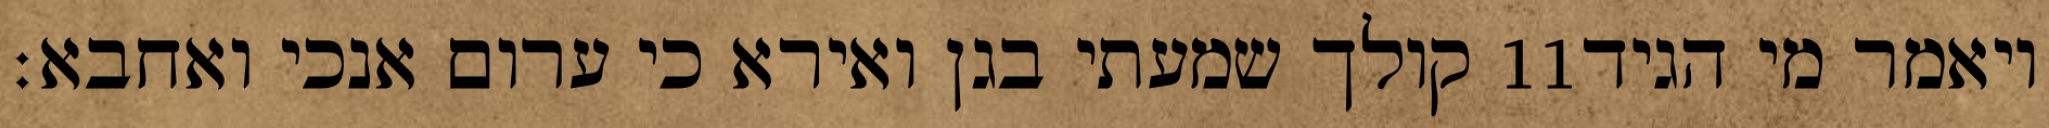
קולך שמעתי בגן ואירא כי ערום אנכי ואחבא׃ ‎11‏ ויאמר מי הגיד